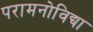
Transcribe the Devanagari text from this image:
परामनोविद्या